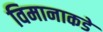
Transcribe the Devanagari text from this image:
विमानाकडे